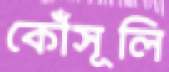
কৌঁসূলি